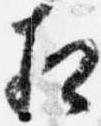
相